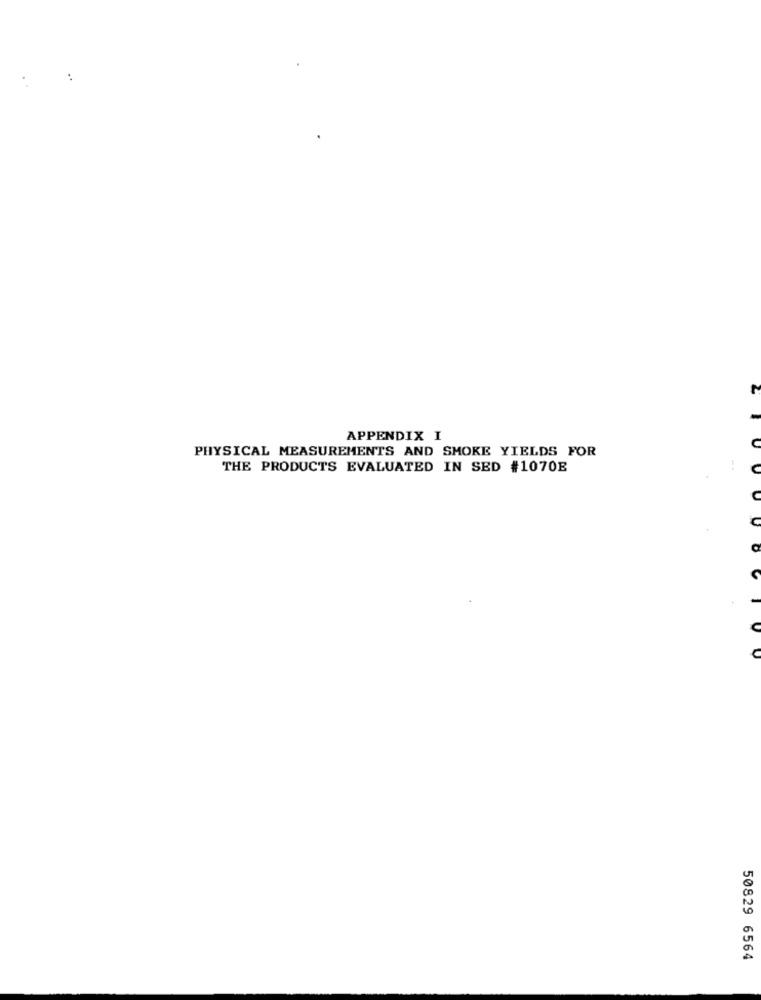
..
APPENDIX I
PHYSICAL MEASUREMENTS AND SMOKE YIELDS FOR
THE PRODUCTS EVALUATED IN SED #1070E
50829 6564